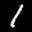
Label: 1